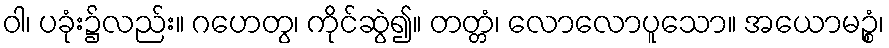
ဝါ၊ ပခုံး၌လည်း။ ဂဟေတွ၊ ကိုင်ဆွဲ၍။ တတ္တံ၊ လောလောပူသော။ အယောမဉ္စံ၊